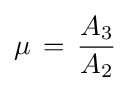
\mu \,=\,{\frac {A_{3}}{A_{2}}}